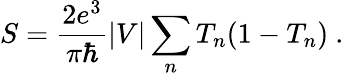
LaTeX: S={\frac{2e^{3}}{\pi\hbar}}\vert V\vert\sum_{n}T_{n}(1-T_{n})\ .